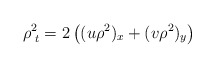
\begin{align*}\rho^{2}_{\, \, t}=2\left ((u\rho^{2})_{x}+(v\rho^{2})_{y}\right )\end{align*}